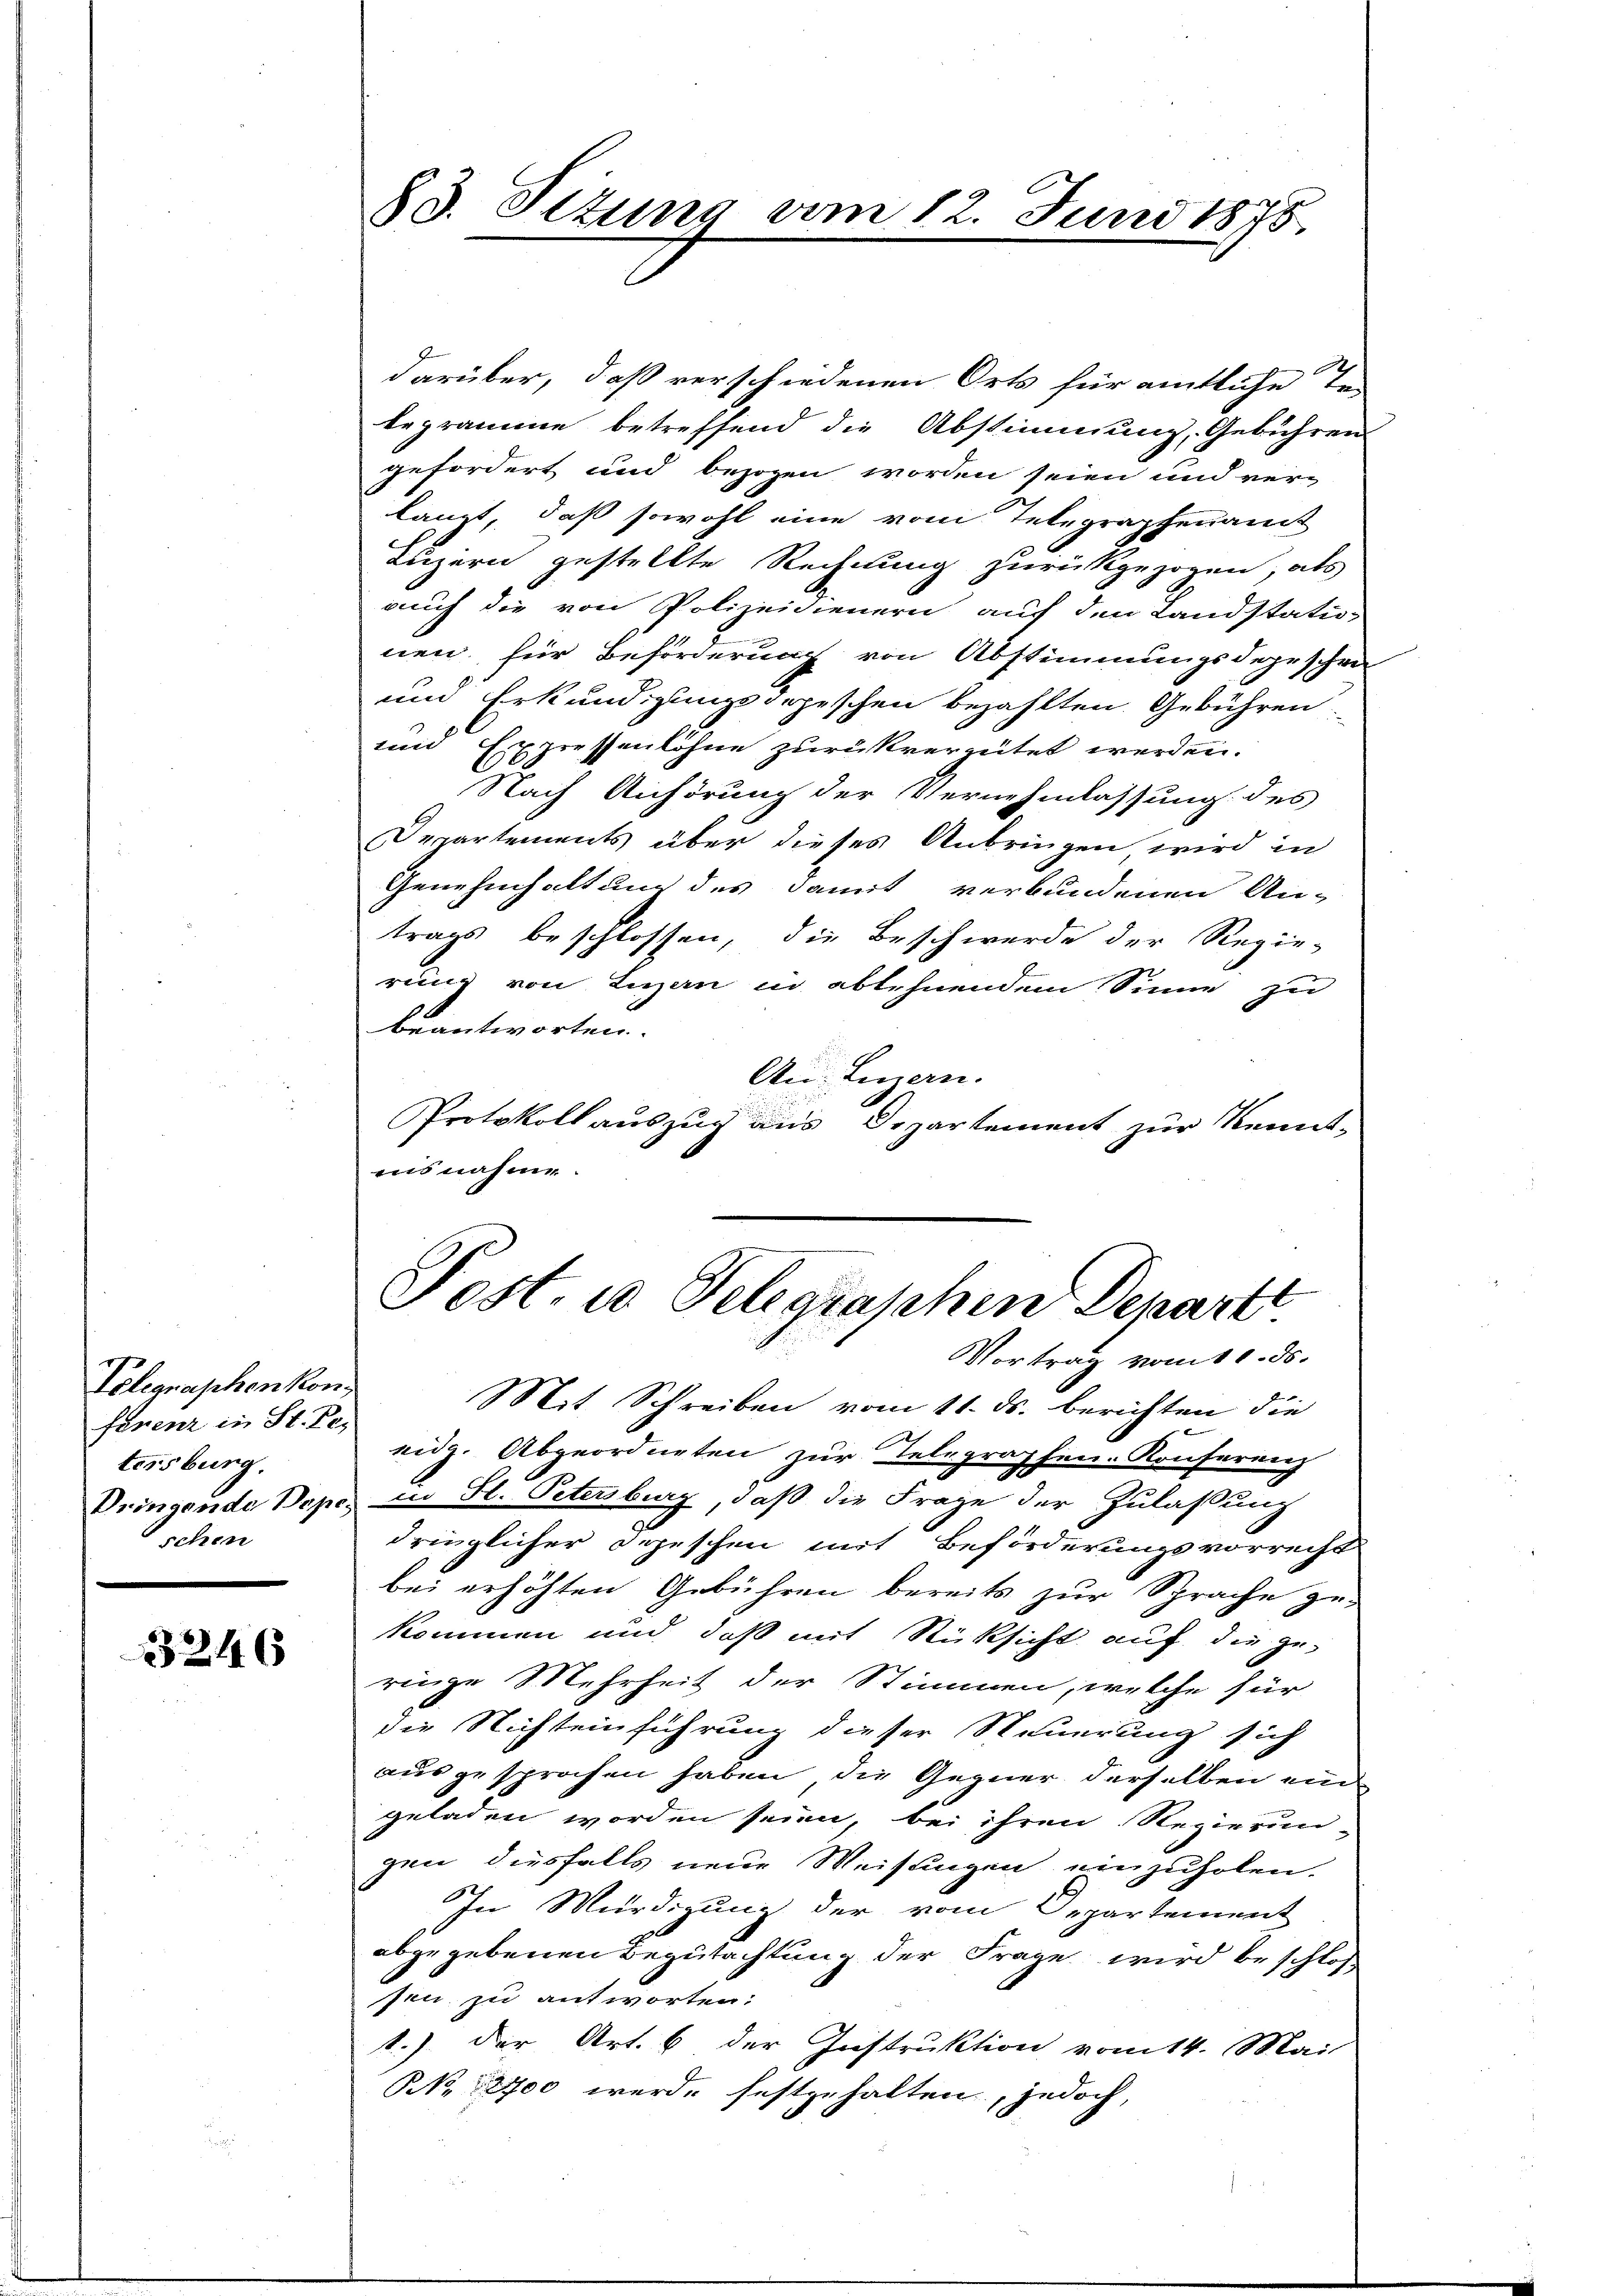
Velegraphen kon
ferenz in St. Ges
tersburg.
schen

3246

83. Sezung

darüber, daß verschiedenen Orts für amtliche Te
legramme betreffend die Abstimmung, Gebühren
gefordert und bezogen worden seien und ver-
langt, daß sowohl eine vom Telegraphenamt
Luzern gestellte Rechnung zurückgezogen, als
auch die von Polizeidienern auf den Landstatunen, für Beförderung von Abstimmungsdegeschen
und Erkundigungsdopeschen bezahlten Gebühren.
und Expressenlöhne zurückvergütet werden.
Nach Anhörung der Vernehmlassung des
Departements über dieses Anbringen, wird in
Genehmhaltung des damit verbundenen An-
trags beschlossen, die Beschwerde der Regie-
rung von Luzan in ablehnendem Sinne zu
beantworten.
Au Luzern.
Protokoll auszug aus Departement zur Kennt-
ausnahme.

29.

Juni 1878.

Post. in Telegraschen Departe

Vortrag vom 11. ds.
Mit Schreiben vom 11. ds. berichten die
eig. Abgeordneten zur Telegraphen-Konferenz
Vringende Dope, in St. Petersburg, daß die Frage der Zulassung
dringlicher Depeschen mit Beförderungsvorrecht
bei erhöhten Gebühren bereits zur Sprache ge-
kommen und daß mit Rücksicht auf die ge-
ringe Mehrheit der Stimmen, welche für
die Nichteinführung dieser Steuerung sich
ausgesprochen haben, die Gegner derselben ein
geladen worden seien, bei ihren Regierun-
gen diesfalls neue Weisungen einzuholen.
In Würdigung der vom Departement
abgegebenen Begutachtung der Frage wird beschloß
pen zu antworten:
1.) der Art. 6 der Instruktion vom 14. Mai
NNo. 2700 werde festgehalten, jedoch,